Indian journal of veterinary science and animal husbandry - Volume 12,
Year: 1942
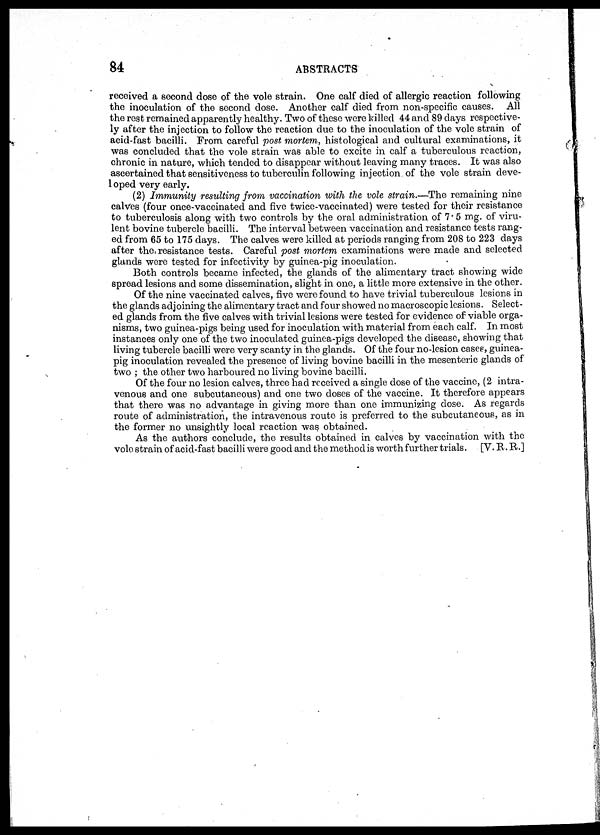
84
ABSTRACTS
received a second dose of the vole strain. One calf died of allergic reaction following
the inoculation of the second dose. Another calf died from non-specific causes. All
the rest remained apparently healthy. Two of these were killed 44 and 89 days respective-
ly after the injection to follow the reaction due to the inoculation of the vole strain of
acid-fast bacilli. From careful post mortem, histological and cultural examinations, it
was concluded that the vole strain was able to excite in calf a tuberculous reaction,
chronic in nature, which tended to disappear without leaving many traces. It was also
ascertained that sensitiveness to tuberculin following injection of the vole strain deve-
loped very early.
(2) Immunity resulting from vaccination with the vole strain.—The remaining nine
calves (four once-vaccinated and five twice-vaccinated) were tested for their resistance
to tuberculosis along with two controls by the oral administration of 7.5 mg. of viru-
lent bovine tubercle bacilli. The interval between vaccination and resistance tests rang-
ed from 65 to 175 days. The calves were killed at periods ranging from 208 to 223 days
after the resistance tests. Careful post mortem examinations were made and selected
glands were tested for infectivity by guinea-pig inoculation.
Both controls became infected, the glands of the alimentary tract showing wide
spread lesions and some dissemination, slight in one, a little more extensive in the other.
Of the nine vaccinated calves, five were found to have trivial tuberculous lesions in
the glands adjoining the alimentary tract and four showed no macroscopic lesions. Select-
ed glands from the five calves with trivial lesions were tested for evidence of viable orga-
nisms, two guinea-pigs being used for inoculation with material from each calf. In most
instances only one of the two inoculated guinea-pigs developed the disease, showing that
living tubercle bacilli were very scanty in the glands. Of the four no-lesion cases, guinea-
pig inoculation revealed the presence of living bovine bacilli in the mesenteric glands of
two ; the other two harboured no living bovine bacilli.
Of the four no lesion calves, three had received a single dose of the vaccine, (2 intra-
venous and one subcutaneous) and one two doses of the vaccine. It therefore appears
that there was no advantage in giving more than one immunizing dose. As regards
route of administration, the intravenous route is preferred to the subcutaneous, as in
the former no unsightly local reaction was obtained.
As the authors conclude, the results obtained in calves by vaccination with the
vole strain of acid-fast bacilli were good and the method is worth further trials. [V. R. R.]